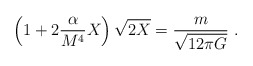
\begin{align*}\left( 1+ 2 \frac{\alpha}{M^4} X \right) \sqrt{2 X} =\frac{m}{\sqrt{12 \pi G}}~.\end{align*}